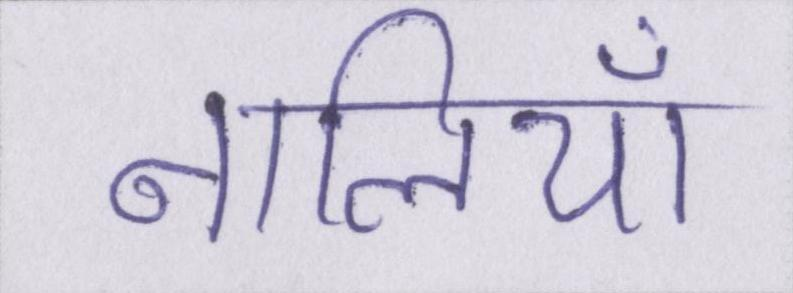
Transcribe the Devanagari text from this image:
नालियाँ